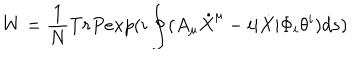
W = \frac { 1 } { N } T r P e x p ( i \oint ( A _ { \mu } \dot { X } ^ { \mu } - i | \dot { X } | \Phi _ { i } \theta ^ { i } ) d s )